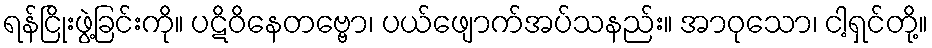
ရန်ငြိုးဖွဲ့ခြင်းကို။ ပဋိဝိနေတဗ္ဗော၊ ပယ်ဖျောက်အပ်သနည်း။ အာဝုသော၊ ငါ့ရှင်တို့။